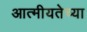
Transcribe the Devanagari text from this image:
आत्मीयतेच्या